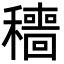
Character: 穯